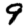
Digit: 9